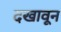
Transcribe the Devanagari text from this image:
दखावून